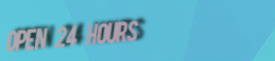
Open 24 Hours